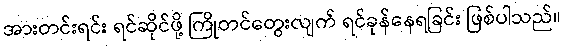
အားတင်းရင်း ရင်ဆိုင်ဖို့ ကြိုတင်တွေးလျက် ရင်ခုန်နေရခြင်း ဖြစ်ပါသည်။